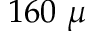
1 6 0 ~ \mu